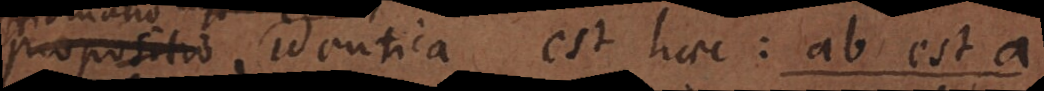
propositio identica est haec: ab est a